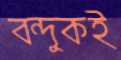
বন্দুকই